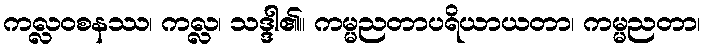
ကလ္လဝစနဿ၊ ကလ္လ၊ သဒ္ဒါ၏။ ကမ္မညတာပရိယာယတာ၊ ကမ္မညတာ၊